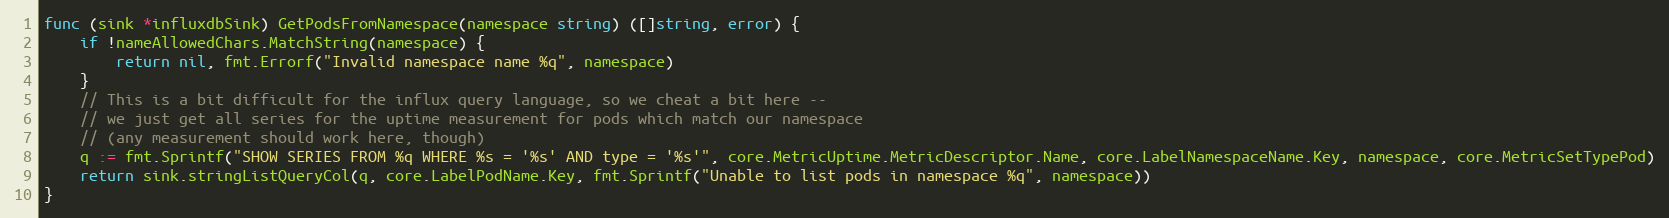
Language: Go
func (sink *influxdbSink) GetPodsFromNamespace(namespace string) ([]string, error) {
	if !nameAllowedChars.MatchString(namespace) {
		return nil, fmt.Errorf("Invalid namespace name %q", namespace)
	}
	// This is a bit difficult for the influx query language, so we cheat a bit here --
	// we just get all series for the uptime measurement for pods which match our namespace
	// (any measurement should work here, though)
	q := fmt.Sprintf("SHOW SERIES FROM %q WHERE %s = '%s' AND type = '%s'", core.MetricUptime.MetricDescriptor.Name, core.LabelNamespaceName.Key, namespace, core.MetricSetTypePod)
	return sink.stringListQueryCol(q, core.LabelPodName.Key, fmt.Sprintf("Unable to list pods in namespace %q", namespace))
}